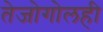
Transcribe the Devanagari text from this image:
तेजोगोलही